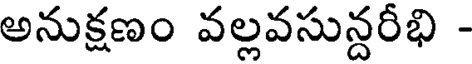
అనుక్షణం వల్లవసున్దరీభి -